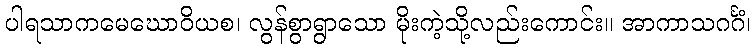
ပါရသာကမေဃောဝိယစ၊ လွန်စွာရွာသော မိုးကဲ့သို့လည်းကောင်း။ အာကာသဂင်္ဂံ၊